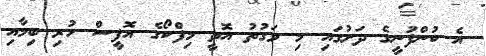
އެ ކުންފުނީގެ ދަށުގައި މި ވަގުތު އޮތީ މިފްކޯގެ އޮފީސް ހުރި ބިމާއި